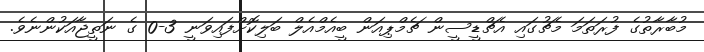
މުބާރާތުގެ ފުރަތަމަ މެޗުގައި އެޗްޑީސީން ޗެމްޕިއަން ބީއެމްއެލް ބަލިކޮށްފައިވަނީ 3-0 ގެ ނަތީޖާއަކުންނެވެ.